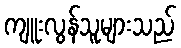
ကျူးလွန်သူများသည်